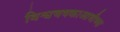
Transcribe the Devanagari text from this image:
विश्वचषकाआधीच्या